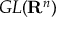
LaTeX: G L ( \mathbf { R } ^ { n } )